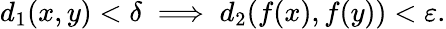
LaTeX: d_{1}(x,y)<\delta\implies d_{2}(f(x),f(y))<\varepsilon.